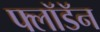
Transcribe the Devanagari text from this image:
फ्लॉडॅन